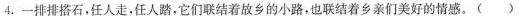
4.一排排搭石，任人走，任人踏，它们联结着故乡的小路，也联结着乡亲们美好的情感。()